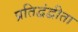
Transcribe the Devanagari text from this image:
प्रतिद्वंद्वीता